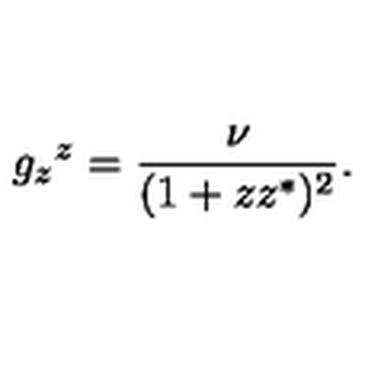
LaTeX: g _ { z } { } ^ { z } = \frac { \nu } { ( 1 + z z ^ { * } ) ^ { 2 } } .